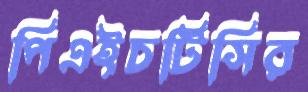
পিএইচটিসির